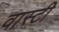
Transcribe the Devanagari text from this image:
वास्टी